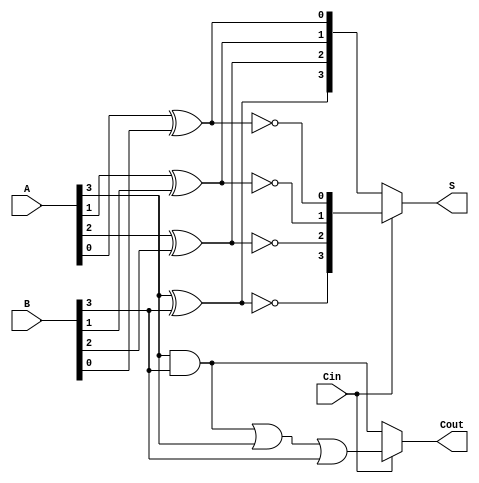
module ConditionalSumAdder #(parameter n = 4) (
    input  wire [n-1:0] A,      // n-bit input A
    input  wire [n-1:0] B,      // n-bit input B
    input  wire Cin,             // Carry-in
    output wire [n-1:0] S,       // n-bit output Sum
    output wire Cout             // Carry-out
);

    // Intermediate signals
    wire [n-1:0] S0, S1; // Sums with Cin = 0 and Cin = 1
    wire [n-1:0] C0, C1; // Carry outputs for Cin = 0 and Cin = 1

    // Full adder logic for sum and carry generation
    genvar i;
    generate
        for (i = 0; i < n; i = i + 1) begin : CSA
            // Calculate Sum for Carry-in = 0
            assign S0[i] = A[i] ^ B[i] ^ 1'b0;
            // Calculate Sum for Carry-in = 1
            assign S1[i] = A[i] ^ B[i] ^ 1'b1;

            // Carry for Cin = 0
            assign C0[i] = (A[i] & B[i]) | (A[i] & 1'b0) | (B[i] & 1'b0);
            // Carry for Cin = 1
            assign C1[i] = (A[i] & B[i]) | (A[i] & 1'b1) | (B[i] & 1'b1);
        end
    endgenerate

    // Multiplexer to select final Sum and Carry-out
    assign S = (Cin == 1'b0) ? S0 : S1;
    assign Cout = (Cin == 1'b0) ? C0[n-1] : C1[n-1];

endmodule